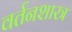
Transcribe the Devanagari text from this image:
वर्तनशास्त्र